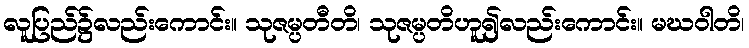
လူပြည်၌လည်းကောင်း။ သုဇမ္ပတီတိ၊ သုဇမ္ပတိဟူ၍လည်းကောင်း။ မဃဝါတိ၊